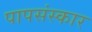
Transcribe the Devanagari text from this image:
पापसंस्कार